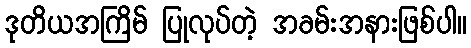
ဒုတိယအကြိမ် ပြုလုပ်တဲ့ အခမ်းအနားဖြစ်ပါ။